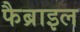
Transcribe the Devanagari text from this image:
फैब्राइल